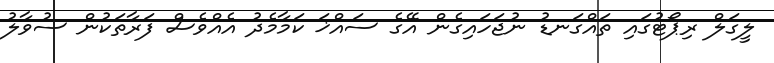
ލީގަލް ރިޕޯޓުގައި ތައްގަނޑު ނުޖަހައިގެން އޭގެ ސައްޚަ ކަމާމެދު އެއްވެސް ފަރާތަކުން ސުވާލު